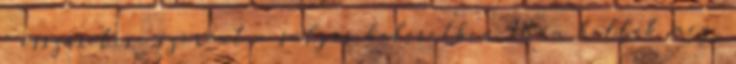
- összesítése szerint a súlyos balesetben 18-an haltak meg,